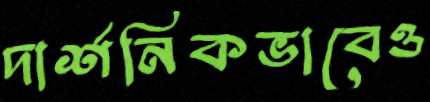
দার্শনিকভাবেও